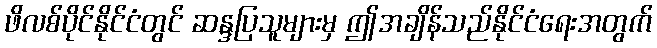
ဖိလစ်ပိုင်နိုင်ငံတွင် ဆန္ဒပြသူများမှ ဤအချိန်သည်နိုင်ငံရေးအတွက်